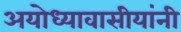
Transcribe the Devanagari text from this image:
अयोध्यावासीयांनी